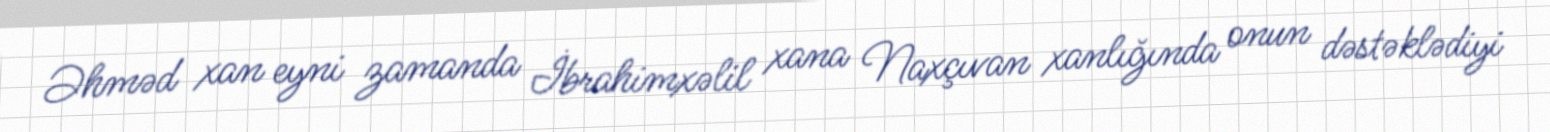
Əhməd xan eyni zamanda İbrahimxəlil xana Naxçıvan xanlığında onun dəstəklədiyi